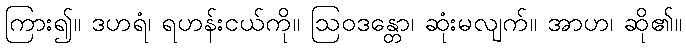
ကြား၍။ ဒဟရံ၊ ရဟန်းငယ်ကို။ ဩဝဒန္တော၊ ဆုံးမလျက်။ အာဟ၊ ဆို၏။